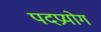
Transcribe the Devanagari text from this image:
पदप्रयोग